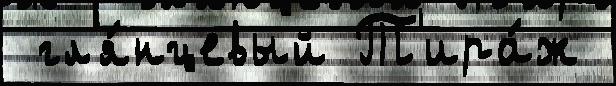
 гл'я́нцевый Т'ира́ж